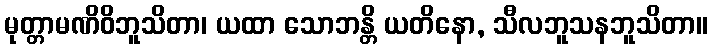
မုတ္တာမဏိဝိဘူသိတာ၊ ယထာ သောဘန္တိ ယတိနော, သီလဘူသနဘူသိတာ။